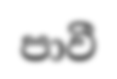
පාවී